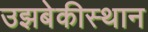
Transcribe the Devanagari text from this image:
उझबेकीस्थान